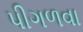
પીગળવા